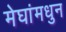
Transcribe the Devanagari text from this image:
मेघांमधुन